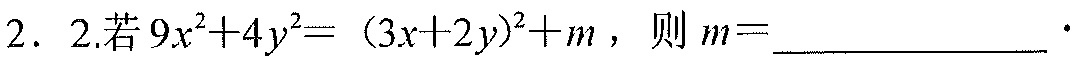
2. 2.若$9x^{2}+4y^{2}=(3x + 2y)^{2}+m$，则$m =$____________ ．